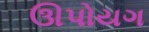
ઊપોયગ